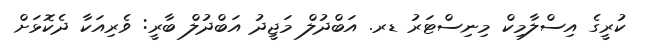
ކުރީގެ އިސްލާމިކް މިނިސްޓަރު ޑރ. އަބްދުލް މަޖީދު އަބްދުލް ބާރީ: ވެރިއަކާ ދެކޮޅަށް